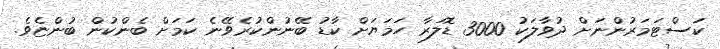
ކަސްޓަމަރުންނަށް ދުވާލަކު 3000 ޑޮލަރާ ހަމަޔަށް ކާޑު ބޭނުންކުރެވޭނެ ކަމަށް ބެންކުން ބުންޏެވެ.